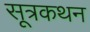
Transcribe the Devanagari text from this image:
सूत्रकथन